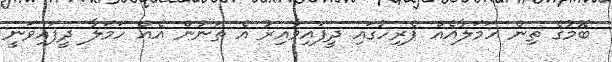
ބޮމުގެ ތިން ހަމަލާއެއް ޕެރިހުގައި ދީފައިވާއިރު އެ ތަނުން އެއް ހަމަލާ ދީފައިވަނީ